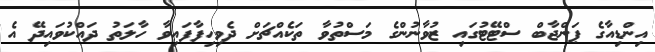
އިންޑިއާގެ ޕަންޖާބް ސްޓޭޓުގައި ޒުވާނުންގެ މަސްތުވާ ތަކެއްޗަށް ދެވިހިފާފައިވާ ހާލަތު ދައްކުވައިދޭ އެ